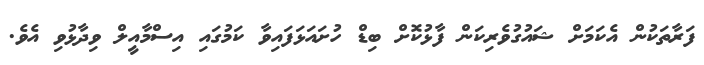
ފަރާތަކުން އެކަމަށް ޝައުގުވެރިކަން ފާޅުކޮށް ބިޑް ހުށައަޅަފައިވާ ކަމުގައި އިސްމާއީލް ވިދާޅުވި އެވެ.